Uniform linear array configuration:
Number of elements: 64
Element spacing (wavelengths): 0.75
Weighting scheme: hamming
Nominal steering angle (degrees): -60
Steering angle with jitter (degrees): -59.006
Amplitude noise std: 0.05
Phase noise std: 0.05

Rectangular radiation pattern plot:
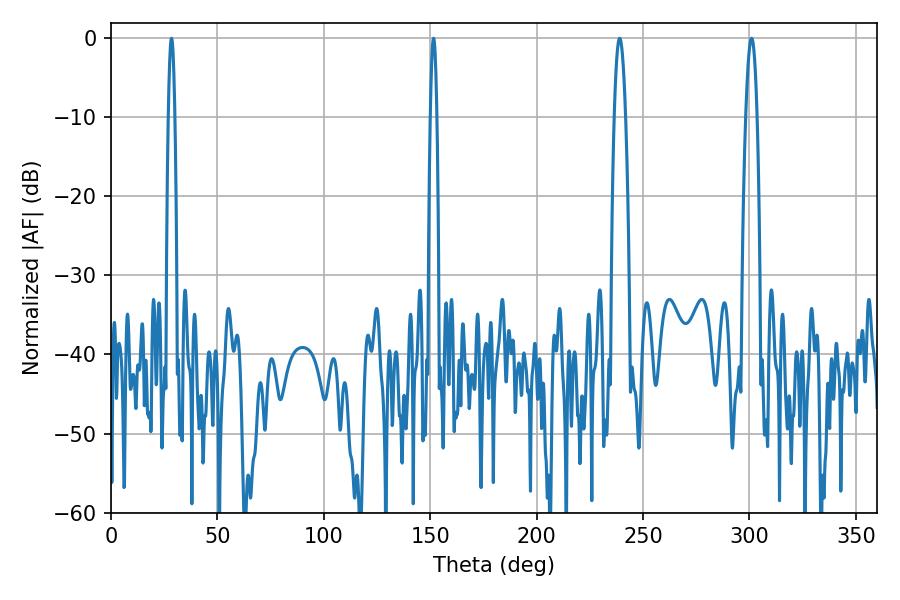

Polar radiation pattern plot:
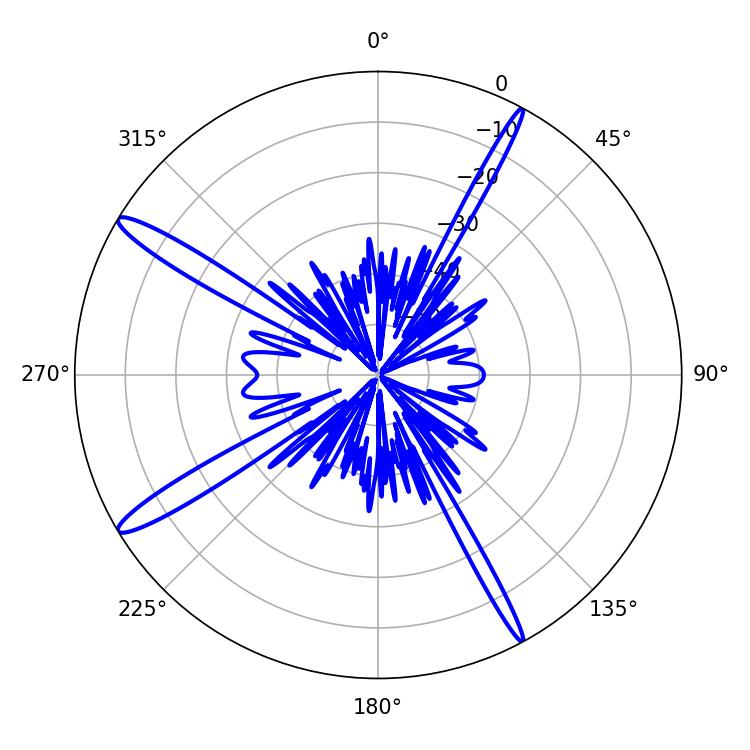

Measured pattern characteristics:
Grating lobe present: TRUE
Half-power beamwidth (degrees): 1.44
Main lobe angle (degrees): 151.56